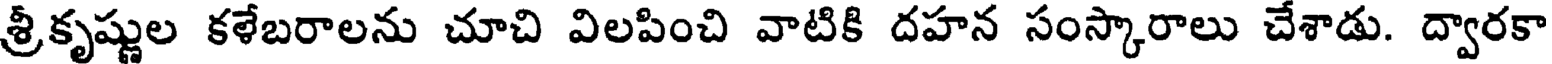
శ్రీకృష్ణుల కళేబరాలను చూచి విలపించి వాటికి దహన సంస్కారాలు చేశాడు. ద్వారకా